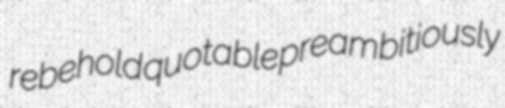
rebehold quotable preambitiously